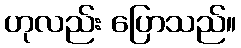
ဟုလည်း ပြောသည်။